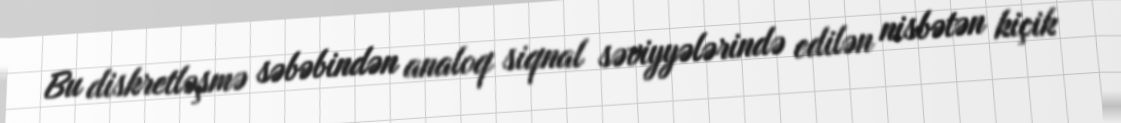
Bu diskretləşmə səbəbindən analoq siqnal səviyyələrində edilən nisbətən kiçik